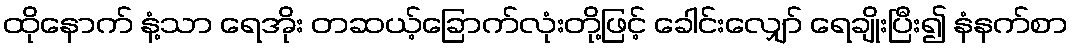
ထိုနောက် နံ့သာ ရေအိုး တဆယ့်ခြောက်လုံးတို့ဖြင့် ခေါင်းလျှော် ရေချိုးပြီး၍ နံနက်စာ